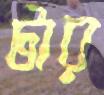
টার